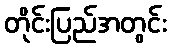
တိုင်းပြည်အတွင်း